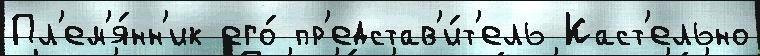
Пл'ем'я́нн'ик его́ пр'едстав'и́т'ель Каст'ельно